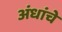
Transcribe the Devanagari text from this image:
अंधांचे